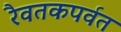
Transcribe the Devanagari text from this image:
रैवतकपर्वत